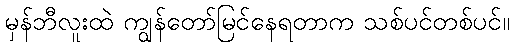
မှန်ဘီလူးထဲ ကျွန်တော်မြင်နေရတာက သစ်ပင်တစ်ပင်။